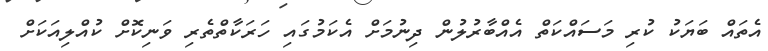
އެތައް ބަޔަކު ކުރި މަސައްކަތް އެއްބާރުލުން ދިނުމަށް އެކަމުގައި ހަރަކާތްތެރި ވަނިކޮށް ކުއްލިއަކަށް